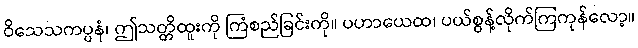
ဝိသေသကပ္ပနံ၊ ဤသတ္တိထူးကို ကြံစည်ခြင်းကို။ ပဟာယေထ၊ ပယ်စွန့်လိုက်ကြကုန်လော့။